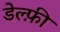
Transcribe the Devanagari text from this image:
डेल्फ़ी